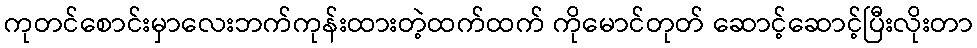
ကုတင်စောင်းမှာလေးဘက်ကုန်းထားတဲ့ထက်ထက် ကိုမောင်တုတ် ဆောင့်ဆောင့်ပြီးလိုးတာ